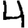
Digit: 4